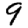
Digit: 9